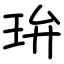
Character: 㺹